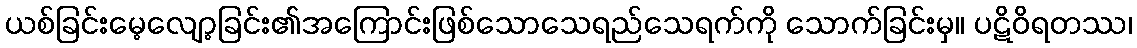
ယစ်ခြင်းမေ့လျော့ခြင်း၏အကြောင်းဖြစ်သောသေရည်သေရက်ကို သောက်ခြင်းမှ။ ပဋိဝိရတဿ၊